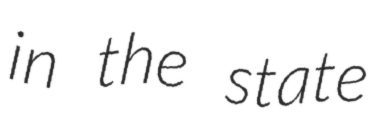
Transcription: in the state